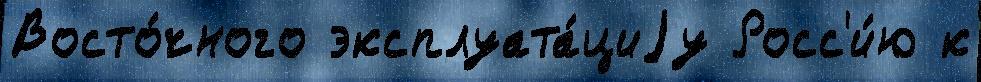
Восто́чного эксплуата́циjу Росс'и́ю к